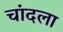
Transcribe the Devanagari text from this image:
चांदला